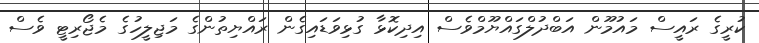
ކުރީގެ ރައީސް މައުމޫން އަބްދުލްގައްޔޫމްވެސް އިދިކޮޅާ ގުޅިވަޑައިގެން ރައްޔިތުންގެ މަޖިލީހުގެ މެޖޯރިޓީ ވެސް